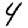
Digit: 4